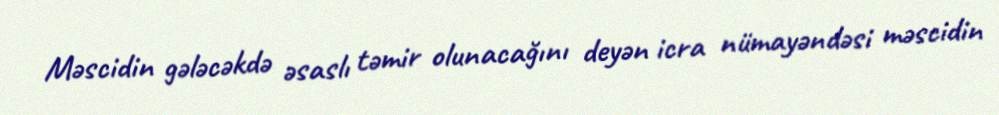
Məscidin gələcəkdə əsaslı təmir olunacağını deyən icra nümayəndəsi məscidin